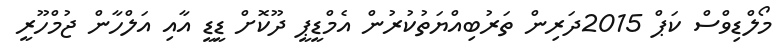
މޯލްޑިވްސް ކަޕް 2015ދަރިން ތަރުބިއްޔަތުކުރުން އެމްޑީޕީ ދޫކޮށް ޑީޑީ އާއި އަލްހާން ޖުމްހޫރީ